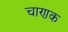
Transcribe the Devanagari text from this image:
चाणक